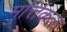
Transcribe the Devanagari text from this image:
मुर्त्तिकला